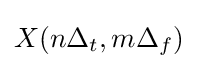
X(n\Delta _{t},m\Delta _{f})